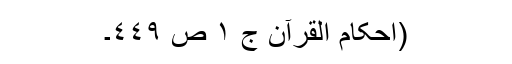
(احکام القرآن ج ١ ص ٤٤٩۔